Plague in India, 1896, 1897 - Volume 3
Year: 1896
Disease focus: Plague
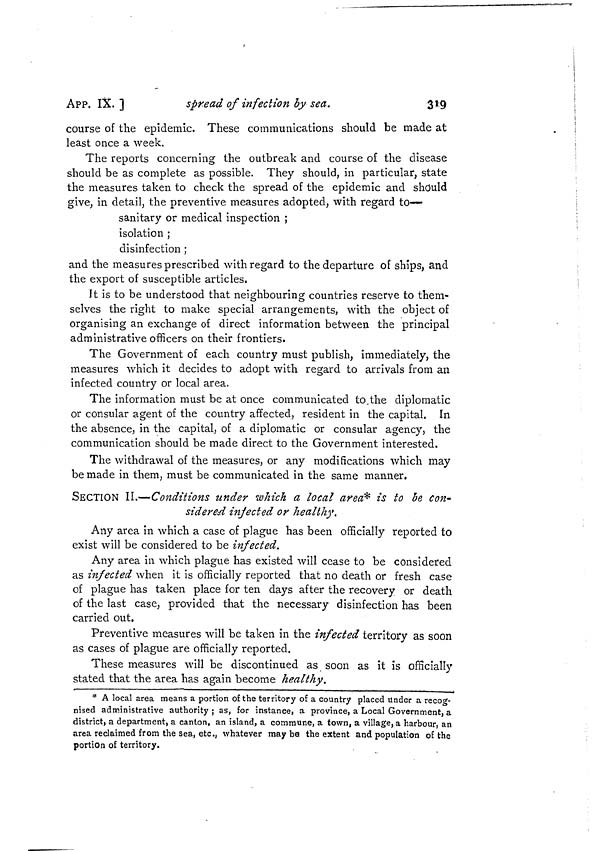
APP. IX.]
spread of infection by sea.
319
course of the epidemic. These communications should be made at
least once a week.
The reports concerning the outbreak and course of the disease
should be as complete as possible. They should, in particular, state
the measures taken to check the spread of the epidemic and should
give, in detail, the preventive measures adopted, with regard to—
sanitary or medical inspection ;
isolation ;
disinfection ;
and the measures prescribed with regard to the departure of ships, and
the export of susceptible articles,
It is to be understood that neighbouring countries reserve to them-
selves the right to make special arrangements, with the object of
organising an exchange of direct information between the principal
administrative officers on their frontiers.
The Government of each country must publish, immediately, the
measures which it decides to adopt with regard to arrivals from an
infected country or local area.
The information must be at once communicated to.the diplomatic
or consular agent of the country affected, resident in the capital. In
the absence, in the capital, of a diplomatic or consular agency, the
communication should be made direct to the Government interested.
The withdrawal of the measures, or any modifications which may
be made in them, must be communicated in the same manner,
SECTION II.—Conditions under which a local area* is to be Con-
sidered injected or healthy.
Any area in which a case of plague has been officially reported to
exist will be considered to be infected.
Any area in which plague has existed will cease to be considered
as infected when it is officially reported that no death or fresh case
of plague has taken place for ten days after the recovery or death
of the last case, provided that the necessary disinfection has been
carried out,
Preventive measures will be taken in the infected territory as soon
as cases of plague are officially reported.
These measures will be discontinued as soon as it is officially
stated that the area has again become healthy.
* A local area means a portion of the territory of a country placed under a recog-
nised administrative authority; as, for instance, a province, a Local Government, a
district, a department, a canton, an island, a commune, a town, a village, a harbour, an
area reclaimed from the sea, etc., whatever may be the extent and population of the
portion of territory.